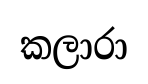
කලාරා